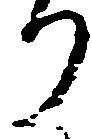
り